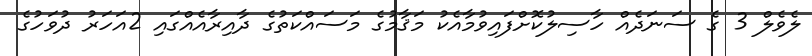
ލެވެލް 3 ގެ ސަނަދެއް ހާސިލުކޮށްފައިވުމާއެކު މަޤާމުގެ މަސައްކަތުގެ ދާއިރާއެއްގައި 2އަހަރު ދުވަހުގެ